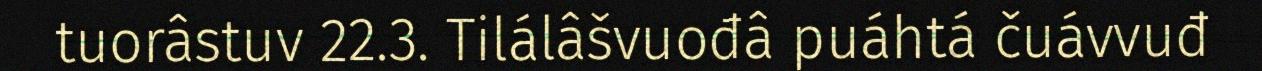
tuorâstuv 22.3. Tilálâšvuođâ puáhtá čuávvuđ